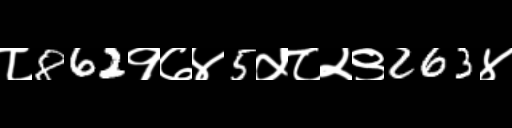
Text: ८862१७४5५८२९263४